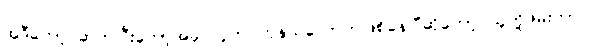
အဲဒီတော့ ဆက်ပြီးတော့အခု လူက ကုန်သလောက်ဖြစ်နေပြီဆိုတော့ သူတို့ဖမ်းတာ။